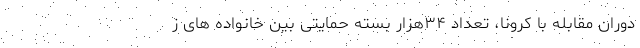
دوران مقابله با کرونا، تعداد ۳۴هزار بسته حمایتی بین خانواده های ز